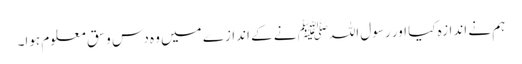
ہم نے اندازہ کیا اور رسول اللہﷺ نے کے اندازے میں وہ دس وسق معلوم ہوا۔